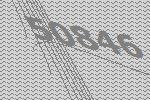
50846